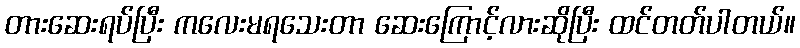
တားဆေးရပ်ပြီး ကလေးမရသေးတာ ဆေးကြောင့်လားဆိုပြီး ထင်တတ်ပါတယ်။